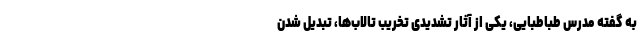
به گفته مدرس طباطبایی، یکی از آثار تشدیدی تخریب تالاب‌ها، تبدیل شدن